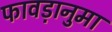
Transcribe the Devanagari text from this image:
फावड़ानुमा